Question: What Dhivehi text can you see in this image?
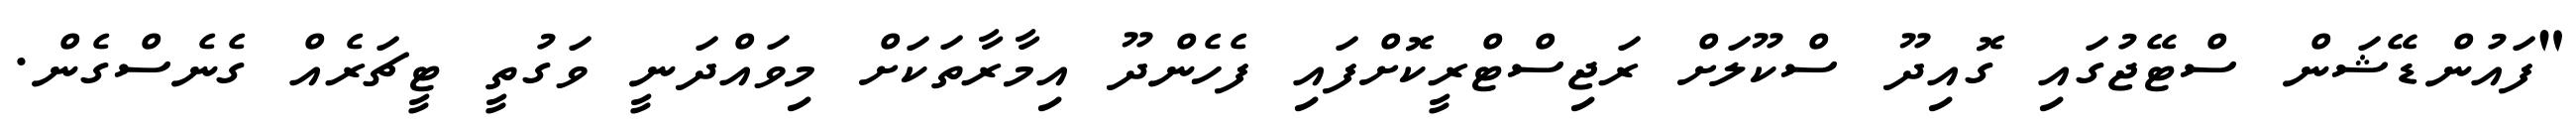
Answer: "ފައުންޑޭޝަން ސްޓޭޖުގައި ގޮއިދޫ ސްކޫލަށް ރަޖިސްޓްރީކޮށްފައި ފެހެންދޫ އިމާރާތަކަށް މިވައްދަނީ ވަގުތީ ޓީޗަރެއް ގެނެސްގެން.